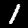
Digit: 1